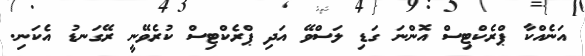
އަނެއްކާ ޕްރެކްޓިސް އޮންނަ ގަޑި ލަސްވޭ އަދި ޕްރެކްޓިސް ކުރެވޭނީ ރޭގަނޑު އެކަނި.